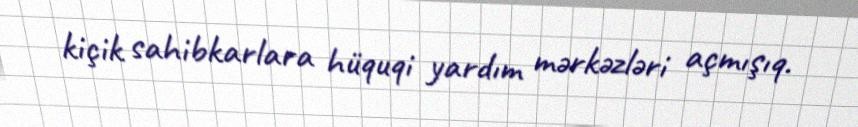
kiçik sahibkarlara hüquqi yardım mərkəzləri açmışıq.